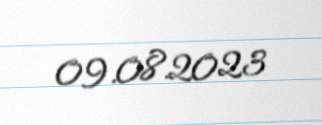
09.08.2023